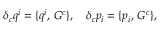
\delta _ { c } q ^ { i } = \{ q ^ { i } , \, G ^ { c } \} , \quad \delta _ { c } p _ { i } = \{ p _ { i } , \, G ^ { c } \} ,